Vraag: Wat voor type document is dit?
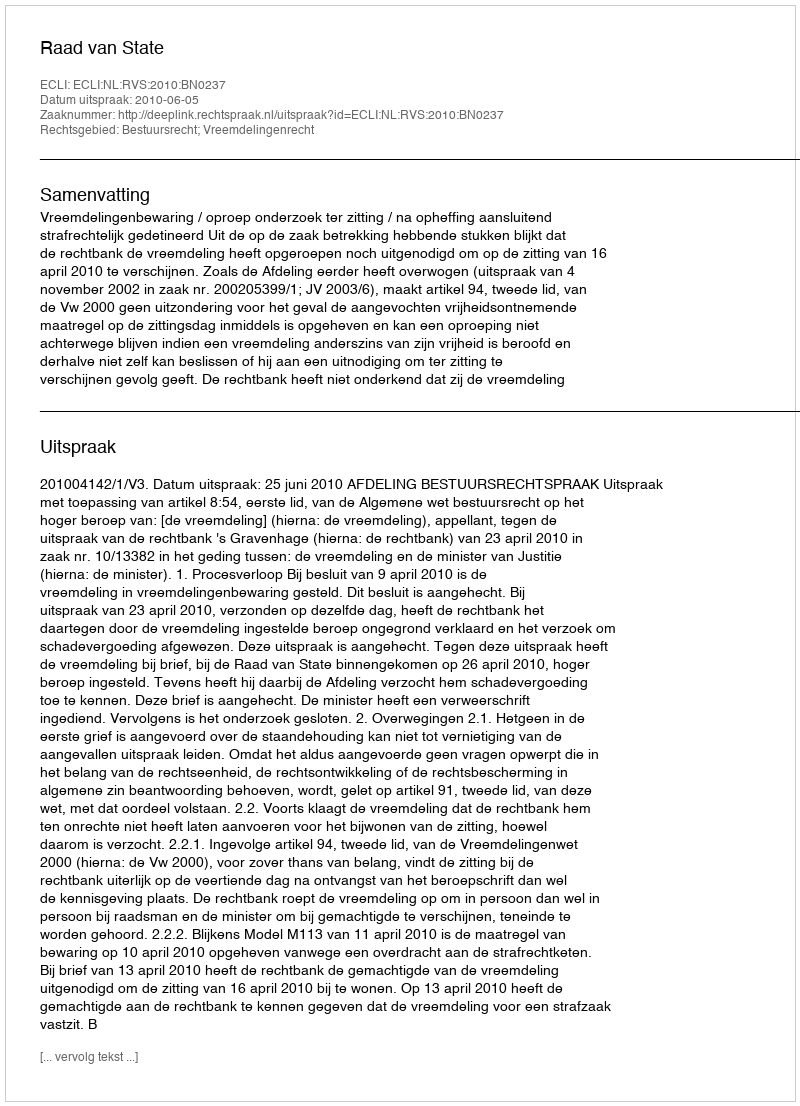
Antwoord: Uitspraak